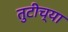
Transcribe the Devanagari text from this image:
तुटीच्या